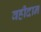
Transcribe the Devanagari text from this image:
वहीदान